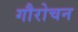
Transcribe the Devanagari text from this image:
गौरोचन